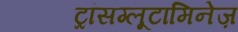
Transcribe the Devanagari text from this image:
ट्रांसग्लूटामिनेज़